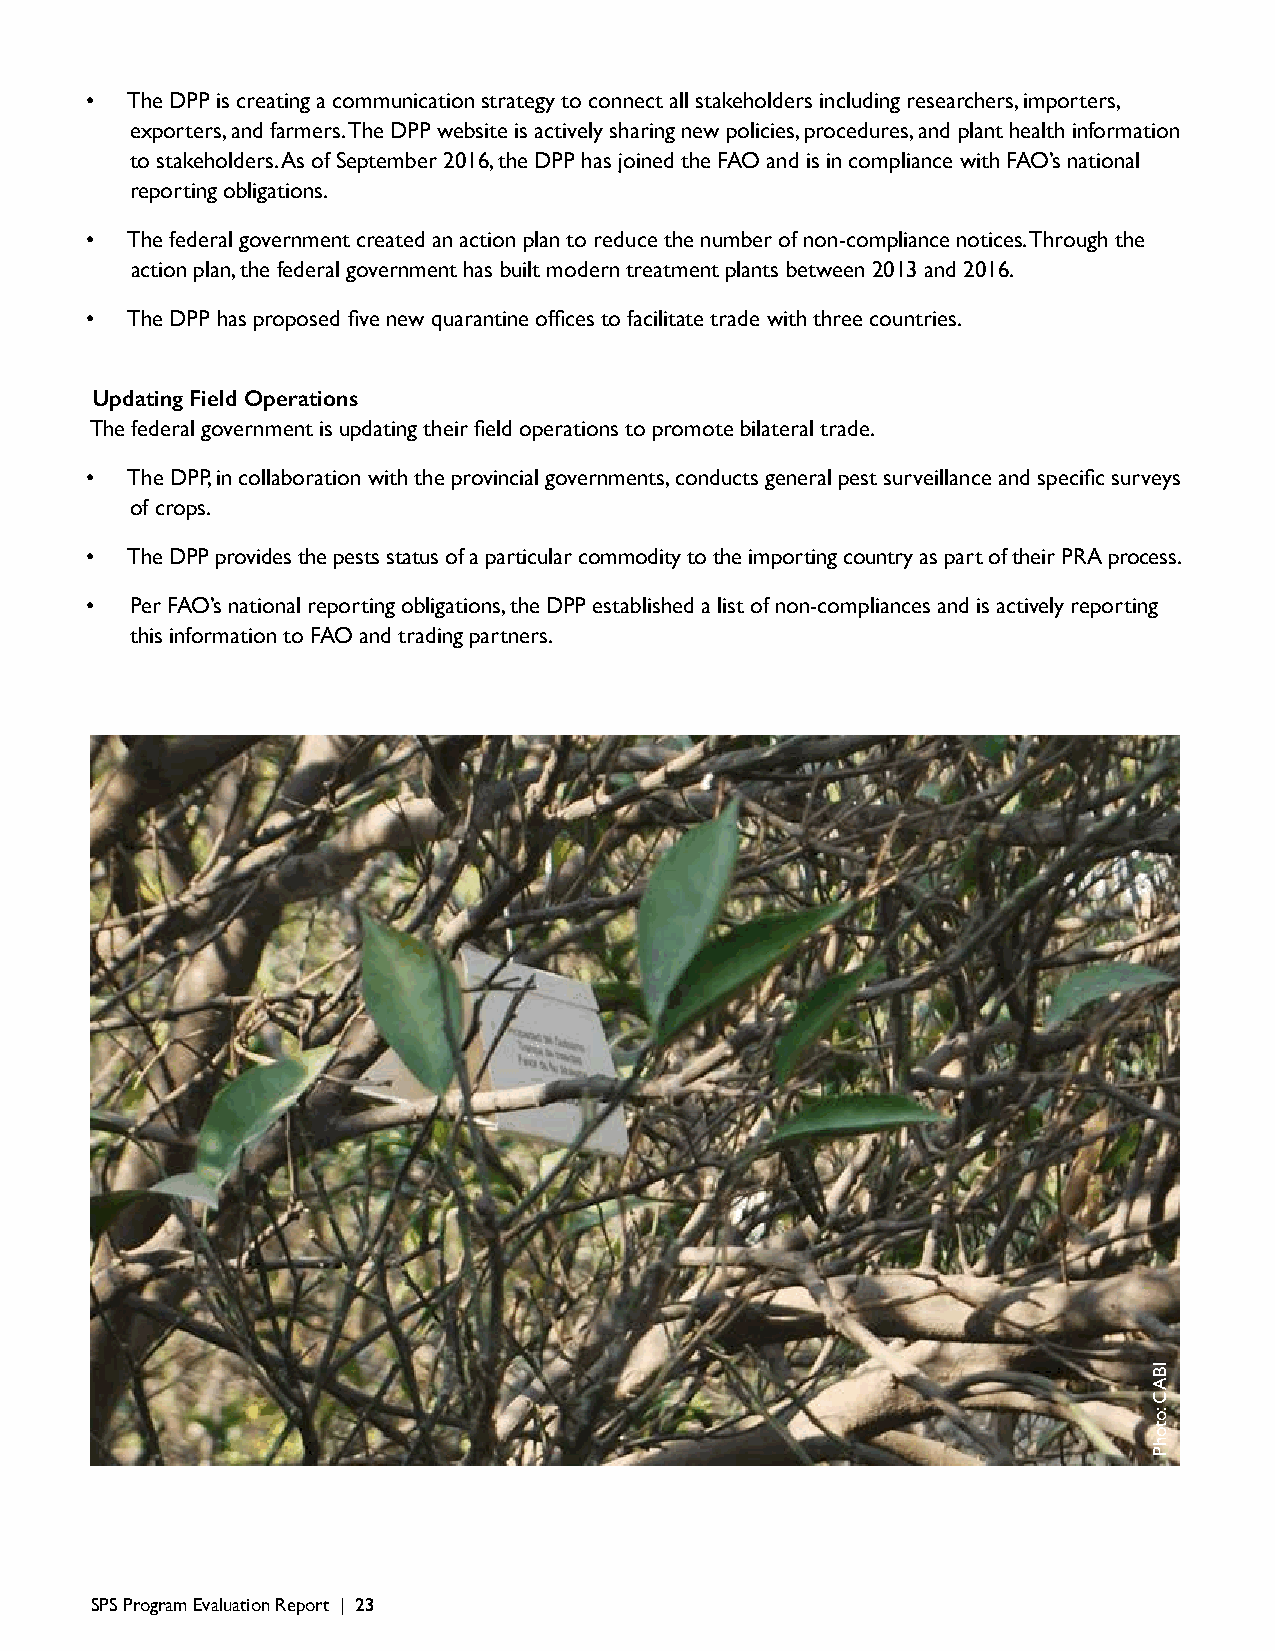
• The DPP is creating a communication strategy to connect all stakeholders including researchers, importers,
 exporters, and farmers. The DPP website is actively sharing new policies, procedures, and plant health information
 to stakeholders. As of September 2016, the DPP has joined the FAO and is in compliance with FAO’s national
 reporting obligations.
 • The federal government created an action plan to reduce the number of non-compliance notices. Through the
 action plan, the federal government has built modern treatment plants between 2013 and 2016.
 • The DPP has proposed five new quarantine offices to facilitate trade with three countries.
 Updating Field Operations
 The federal government is updating their field operations to promote bilateral trade.
 • The DPP, in collaboration with the provincial governments, conducts general pest surveillance and specific surveys
 of crops.
 • The DPP provides the pests status of a particular commodity to the importing country as part of their PRA process.
 •  Per FAO’s national reporting obligations, the DPP established a list of non-compliances and is actively reporting
 this information to FAO and trading partners.
 SPS Program Evaluation Report | 23
 IBAC
 :otohP